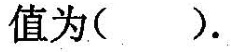
值为().